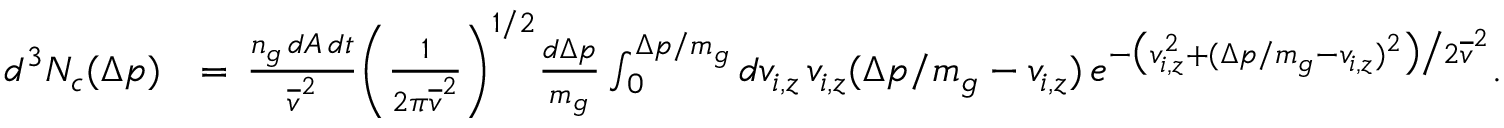
\begin{array} { r l } { d ^ { 3 } N _ { c } ( \Delta p ) } & { = \, \frac { n _ { g } \, d A \, d t } { \overline { { v } } ^ { 2 } } \bigg ( \frac { 1 } { 2 \pi \overline { { v } } ^ { 2 } } \bigg ) ^ { 1 / 2 } \frac { d \Delta p } { m _ { g } } \int _ { 0 } ^ { \Delta p / m _ { g } } d v _ { i , z } \, v _ { i , z } ( \Delta p / m _ { g } - v _ { i , z } ) \, e ^ { - \big ( v _ { i , z } ^ { 2 } + ( \Delta p / m _ { g } - v _ { i , z } ) ^ { 2 } \big ) \big / 2 \overline { { v } } ^ { 2 } } . } \end{array}